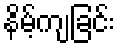
နိမ့်ကျခြင်း